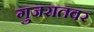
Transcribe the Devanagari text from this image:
गुजरातवर